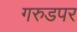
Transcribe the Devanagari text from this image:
गरुडपर